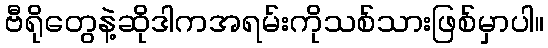
ဗီရိုတွေနဲ့ဆိုဒါကအရမ်းကိုသစ်သားဖြစ်မှာပါ။